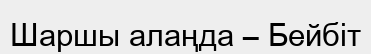
Шаршы алаңда – Бейбіт